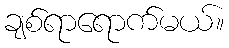
ချစ်ရာရောက်မယ်။